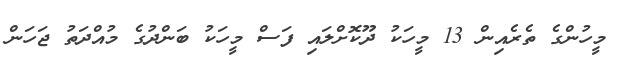
މީހުންގެ ތެރެއިން 13 މީހަކު ދޫކޮށްލައި ފަސް މީހަކު ބަންދުގެ މުއްދަތު ޖަހަން